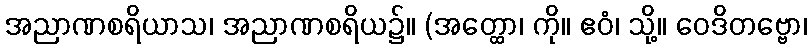
အညာဏစရိယာသ၊ အညာဏစရိယ၌။ (အတ္ထော၊ ကို။ ဧဝံ၊ သို့။ ဝေဒိတဗ္ဗော၊